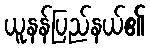
ယူနန်ပြည်နယ်၏